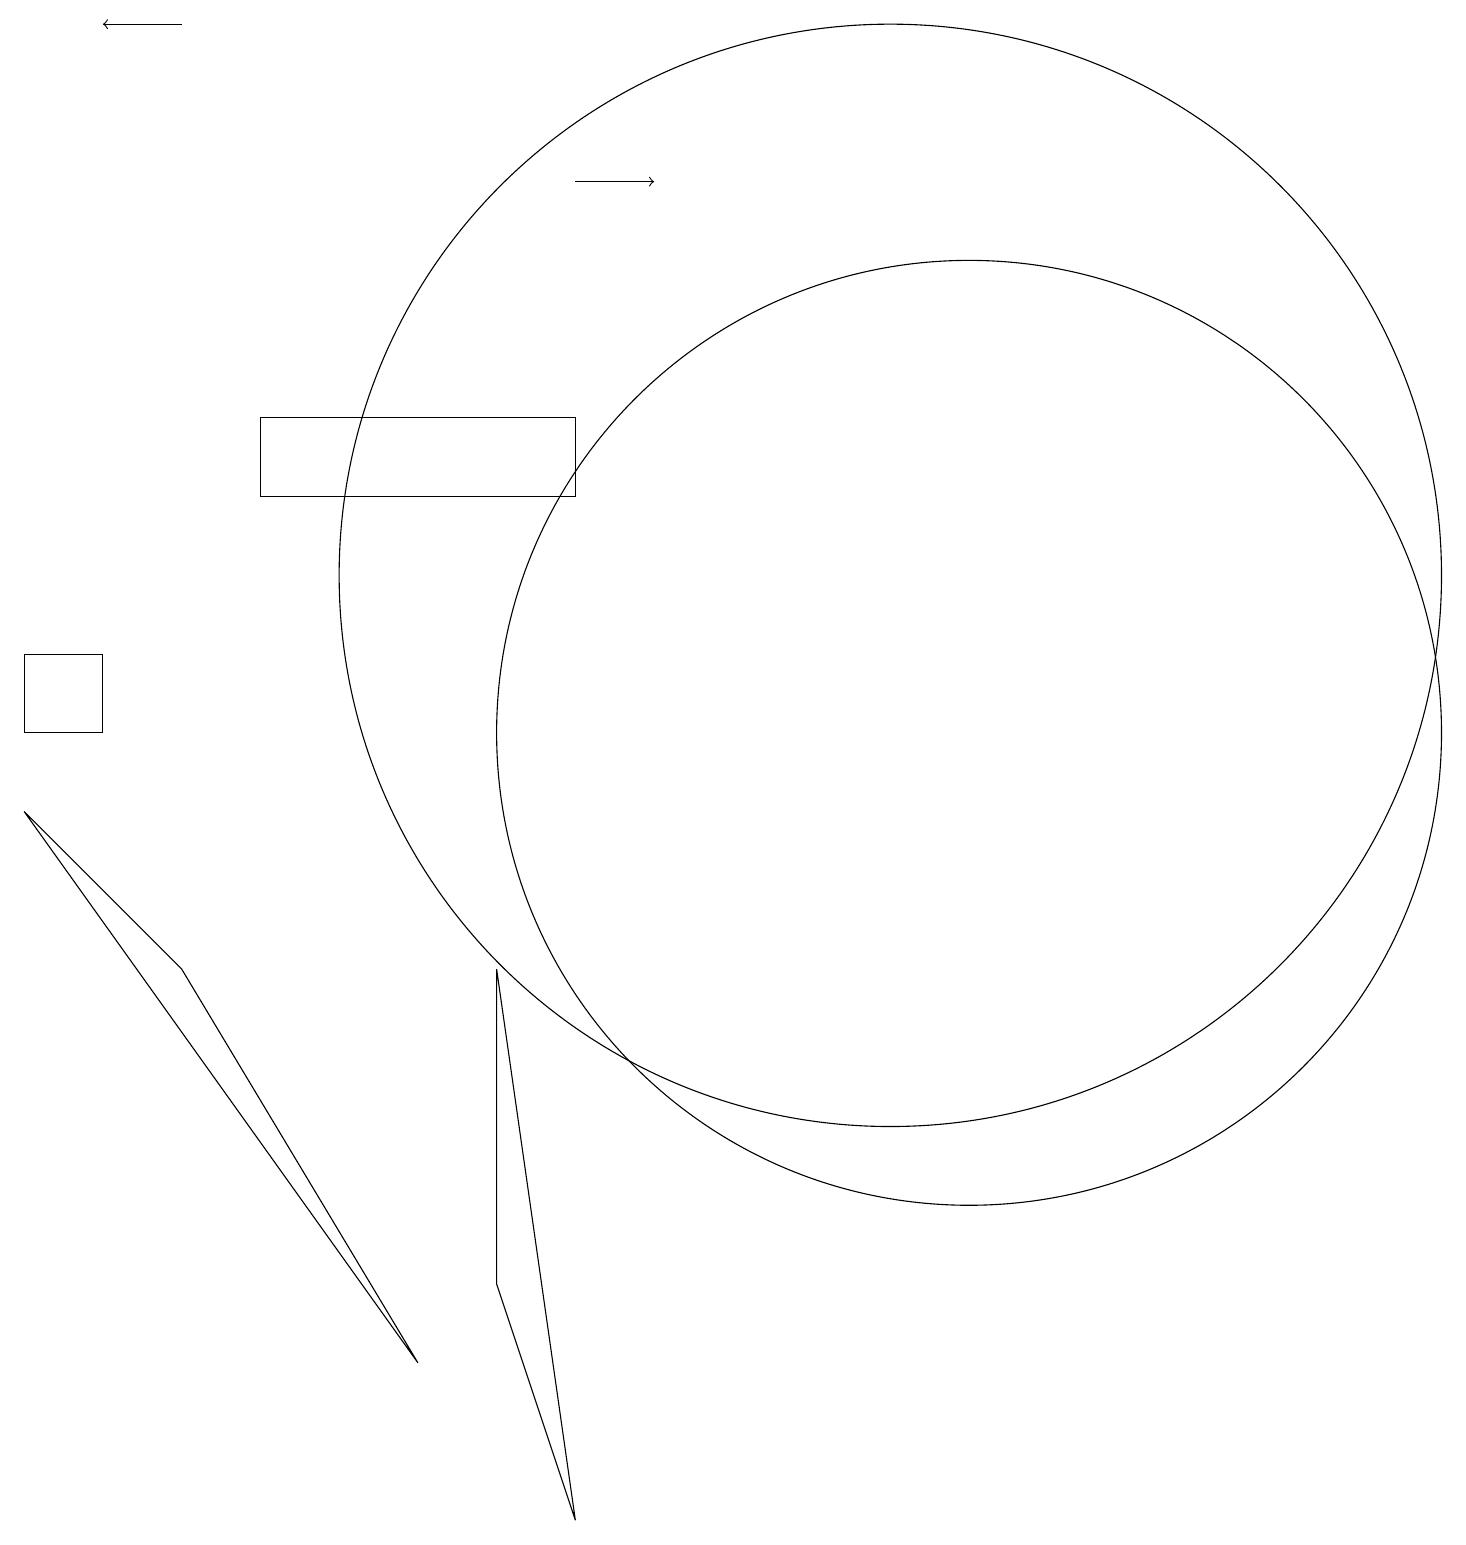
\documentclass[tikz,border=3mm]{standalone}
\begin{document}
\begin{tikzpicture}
\draw (11,12) circle (7);
\draw (7,0) -- (6,3) -- (6,7) -- cycle;
\draw (12,10) circle (6);
\draw (1,10) rectangle (0,11);
\draw (7,13) rectangle (3,14);
\draw[->] (7,17) -- (8,17);
\draw[->] (2,19) -- (1,19);
\draw (0,9) -- (2,7) -- (5,2) -- cycle;
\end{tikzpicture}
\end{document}